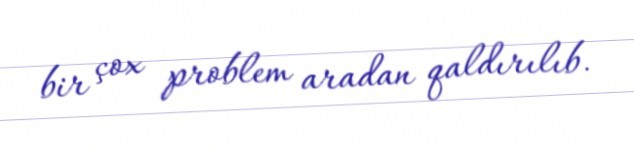
bir çox problem aradan qaldırılıb.